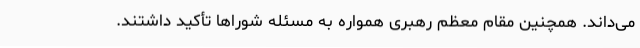
می‌داند. همچنین مقام معظم رهبری همواره به مسئله شوراها تأکید ‌داشتند.